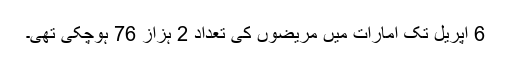
6 اپریل تک امارات میں مریضوں کی تعداد 2 ہزاز 76 ہوچکی تھی۔